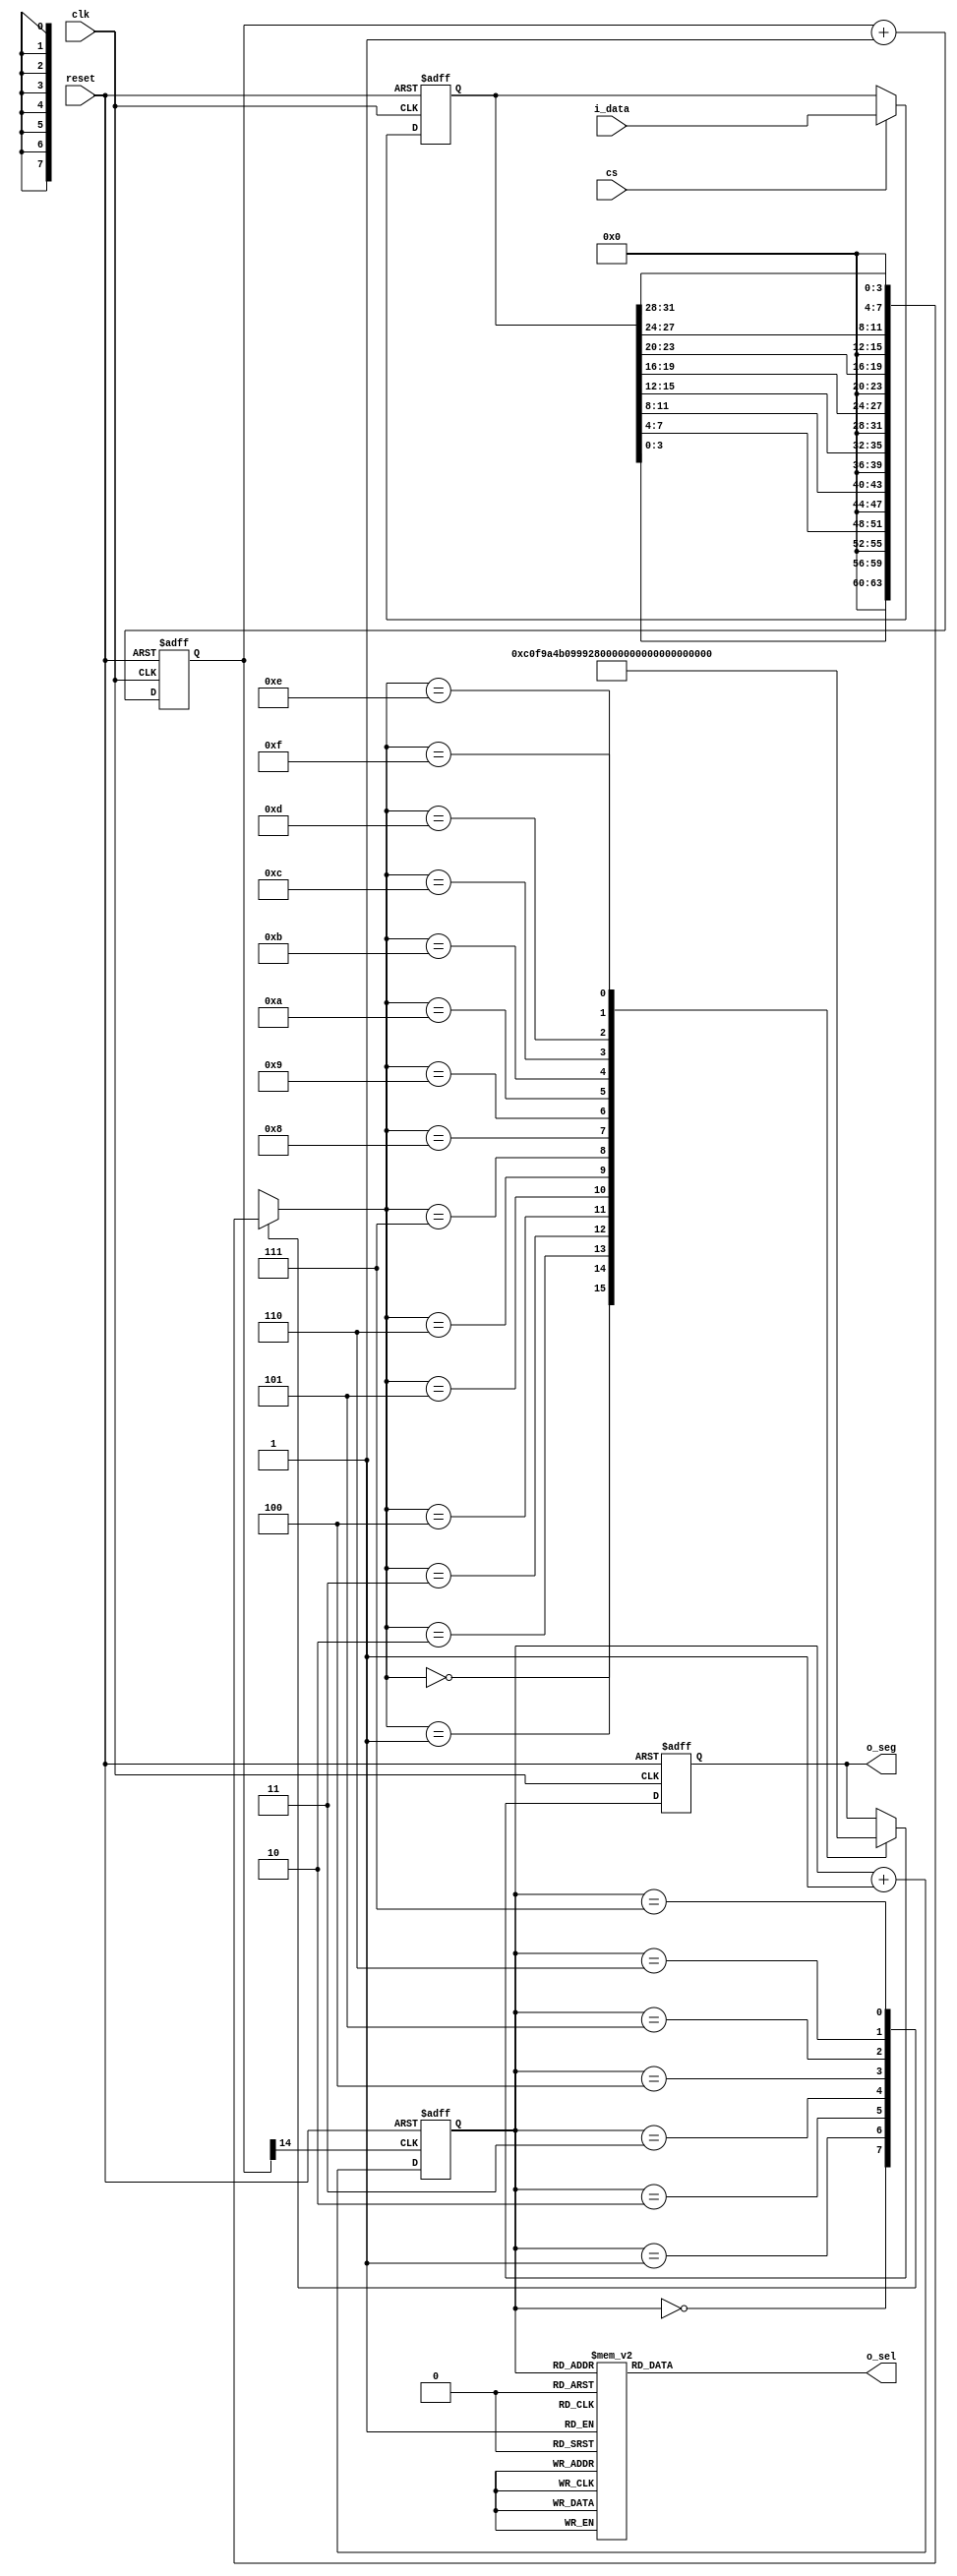
`timescale 1ns / 1ps
//////////////////////////////////////////////////////////////////////////////////
// Company: 
// Engineer: 
// 
// Design Name: 
// Module Name: seg
// Project Name: 
// Target Devices: 
// Tool Versions: 
// Description: 
// 
// Dependencies: 
// 
// Revision:
// Revision 0.01 - File Created
// Additional Comments:
// 
//////////////////////////////////////////////////////////////////////////////////


module seg(
     input clk,
	 input reset,
	 input cs,
	 input [31:0] i_data,
	 output [7:0] o_seg,
	 output [7:0] o_sel
    );

    reg [14:0] cnt;
	 always @ (posedge clk, posedge reset)
      if (reset)
        cnt <= 0;
      else
        cnt <= cnt + 1'b1;
 
    wire seg7_clk = cnt[14]; 
	 
	 reg [2:0] seg7_addr;
	 
	 always @ (posedge seg7_clk, posedge reset)
	   if(reset)
		  seg7_addr <= 0;
		else
		  seg7_addr <= seg7_addr + 1'b1;
		  
	 reg [7:0] o_sel_r;
	 
	 always @ (*)
	   case(seg7_addr)
		  7 : o_sel_r = 8'b01111111;
		  6 : o_sel_r = 8'b10111111;
		  5 : o_sel_r = 8'b11011111;
		  4 : o_sel_r = 8'b11101111;
		  3 : o_sel_r = 8'b11110111;
		  2 : o_sel_r = 8'b11111011;
		  1 : o_sel_r = 8'b11111101;
		  0 : o_sel_r = 8'b11111110;
		endcase
	
	 reg [31:0] i_data_store;
	 always @ (posedge clk, posedge reset)
	   if(reset)
		  i_data_store <= 0;
		else if(cs)
		  i_data_store <= i_data;
		  
	 reg [7:0] seg_data_r;
	 always @ (*)
	   case(seg7_addr)
		  0 : seg_data_r = i_data_store[3:0];
		  1 : seg_data_r = i_data_store[7:4];
		  2 : seg_data_r = i_data_store[11:8];
		  3 : seg_data_r = i_data_store[15:12];
		  4 : seg_data_r = i_data_store[19:16];
		  5 : seg_data_r = i_data_store[23:20];
		  6 : seg_data_r = i_data_store[27:24];
		  7 : seg_data_r = i_data_store[31:28];
		endcase
	 
	 reg [7:0] o_seg_r;
	 always @ (posedge clk, posedge reset)
	   if(reset)
		  o_seg_r <= 8'hff;
		else
		  case(seg_data_r)
		 4'h0 : o_seg_r <= 8'hC0;
          4'h1 : o_seg_r <= 8'hF9;
          4'h2 : o_seg_r <= 8'hA4;
          4'h3 : o_seg_r <= 8'hB0;
          4'h4 : o_seg_r <= 8'h99;
          4'h5 : o_seg_r <= 8'h92;
          4'h6 : o_seg_r <= 8'h82;
          4'h7 : o_seg_r <= 8'hF8;
          4'h8 : o_seg_r <= 8'h80;
          4'h9 : o_seg_r <= 8'h90;
          4'hA : o_seg_r <= 8'h88;
          4'hB : o_seg_r <= 8'h83;
          4'hC : o_seg_r <= 8'hC6;
          4'hD : o_seg_r <= 8'hA1;
          4'hE : o_seg_r <= 8'h86;
          4'hF : o_seg_r <= 8'h8E;
		  endcase
		  
	 assign o_sel = o_sel_r;
	 assign o_seg = o_seg_r;

endmodule